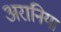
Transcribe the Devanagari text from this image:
अरानिया